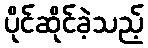
ပိုင်ဆိုင်ခဲ့သည့်